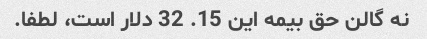
نه گالن حق بیمه این 15. 32 دلار است، لطفا.